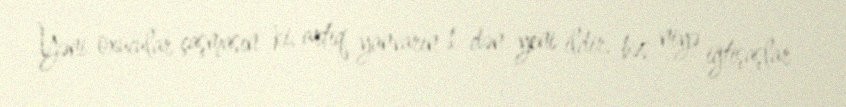
Yəni oxucular çaşmasın ki, artıq yanvarın 1-dən yeni ildir, bəs niyə iğtişaşlar